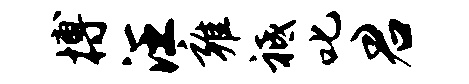
搏汪雍祗叱君